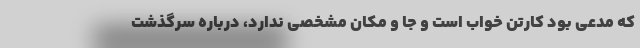
که مدعی بود کارتن خواب است و جا و مکان مشخصی ندارد، درباره سرگذشت